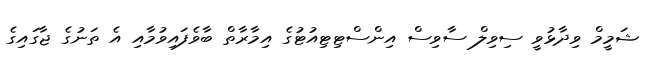
ޝަމީމް ވިދާޅުވީ ސިވިލް ސާވިސް އިންސްޓިޓިއުޓުގެ އިމާރާތް ބާވެފައިވުމާއި އެ ތަނުގެ ޖާގައިގެ